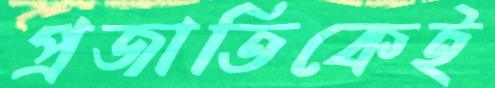
প্রজাতিকেই